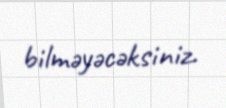
bilməyəcəksiniz.